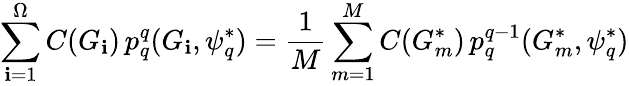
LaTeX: \sum_{\mathbf{i}=1}^{\Omega}C(G_{\mathbf{i}})\, p_{q}^{q}(G_{\mathbf{i}},\psi_{q}^{*})=\frac{{1}}{{M}}\sum_{m=1}^{M}C(G_{m}^{*})\, p_{q}^{q-1}(G_{m}^{*},\psi_{q}^{*})